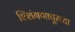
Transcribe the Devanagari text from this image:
श्शिंगणापूरच्या